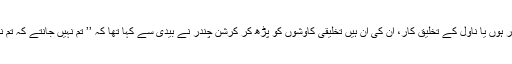
بیدی افسانہ نگار ہوں یا ناول کے تخلیق کار، ان کی ان ہیں تخلیقی کاوشوں کو پڑھ کر کرشن چندر نے بیدی سے کہا تھا کہ ’’ تم نہیں جانتے کہ تم نے کیا لکھ ڈالا۔